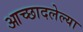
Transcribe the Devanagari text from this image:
आच्छादलेल्या